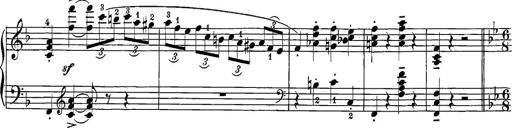
Title: 12 Sonatine per Pianoforte
Composer: Friedrich Kuhlau